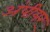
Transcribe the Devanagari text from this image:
अंपीयर